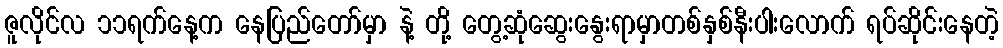
ဇူလိုင်လ ၁၁ရက်နေ့က နေပြည်တော်မှာ နဲ့ တို့ တွေ့ဆုံဆွေးနွေးရာမှာတစ်နှစ်နီးပါးလောက် ရပ်ဆိုင်းနေတဲ့